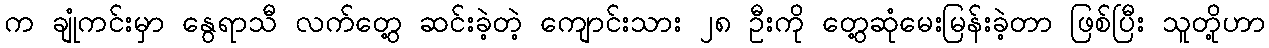
က ချုံကင်းမှာ နွေရာသီ လက်တွေ့ ဆင်းခဲ့တဲ့ ကျောင်းသား ၂၈ ဦးကို တွေ့ဆုံမေးမြန်းခဲ့တာ ဖြစ်ပြီး သူတို့ဟာ